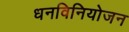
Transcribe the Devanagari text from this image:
धनविनियोजन